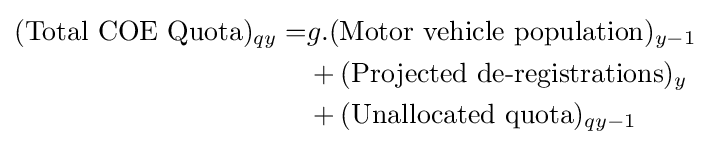
{\begin{aligned}({\text{Total COE Quota}})_{qy}=&g.({\text{Motor vehicle population}})_{y-1}\\&+({\text{Projected de-registrations}})_{y}\\&+({\text{Unallocated quota}})_{qy-1}\end{aligned}}